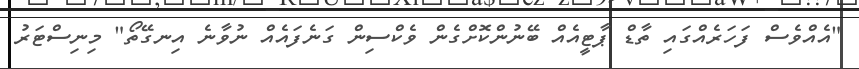
"އެއްވެސް ފަހަރެއްގައި ތާޑް ޕާޓީއެއް ބޭނުންކޮށްގެން ވެކްސިން ގަނެފައެއް ނުވާނެ އިނގޭތޯ" މިނިސްޓަރު